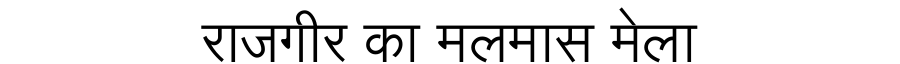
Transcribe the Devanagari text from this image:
राजगीर का मलमास मेला